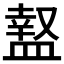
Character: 𥂎